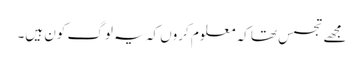
مجھے تجسس تھا کہ معلوم کروں کہ یہ لوگ کون ہیں۔